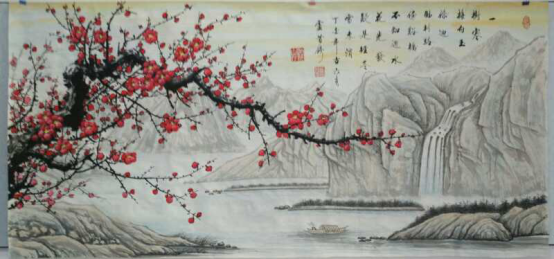
丹青不知老将至，富贵于我如浮云。